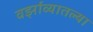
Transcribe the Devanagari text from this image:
वर्झाव्यातल्या